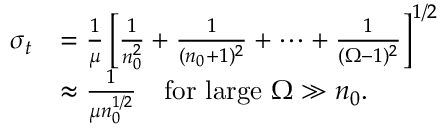
\begin{array} { r l } { \sigma _ { t } } & { = \frac { 1 } { \mu } \left[ \frac { 1 } { n _ { 0 } ^ { 2 } } + \frac { 1 } { ( n _ { 0 } + 1 ) ^ { 2 } } + \cdots + \frac { 1 } { ( \Omega - 1 ) ^ { 2 } } \right] ^ { 1 / 2 } } \\ & { \approx \frac { 1 } { \mu n _ { 0 } ^ { 1 / 2 } } \quad \mathrm { f o r ~ l a r g e ~ } \Omega \gg n _ { 0 } . } \end{array}